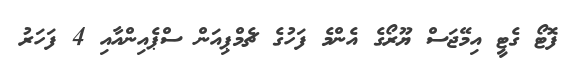
ފޮޓޯ ގެޓީ އިމޭޖަސް ޔޫރޯގެ އެންމެ ފަހުގެ ޗެމްޕިއަން ސްޕެއިންއާއި 4 ފަހަރު